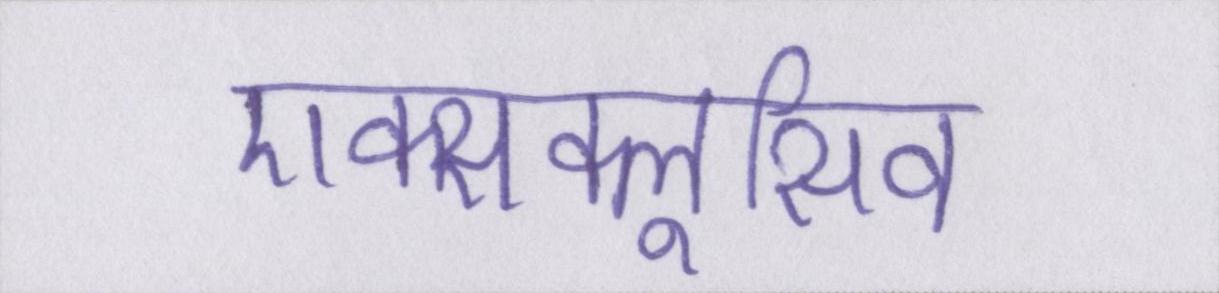
एक्सक्लूसिव